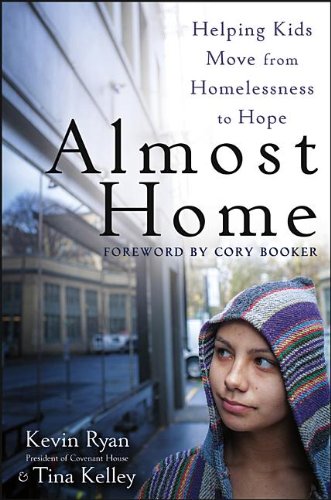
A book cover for Almost Home: Helping Kids Move from Homelessness to Hope; Kevin Ryan; Politics & Social Sciences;